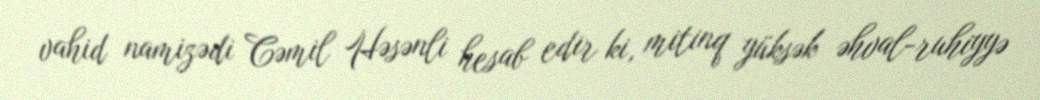
vahid namizədi Cəmil Həsənli hesab edir ki, mitinq yüksək əhval-ruhiyyə